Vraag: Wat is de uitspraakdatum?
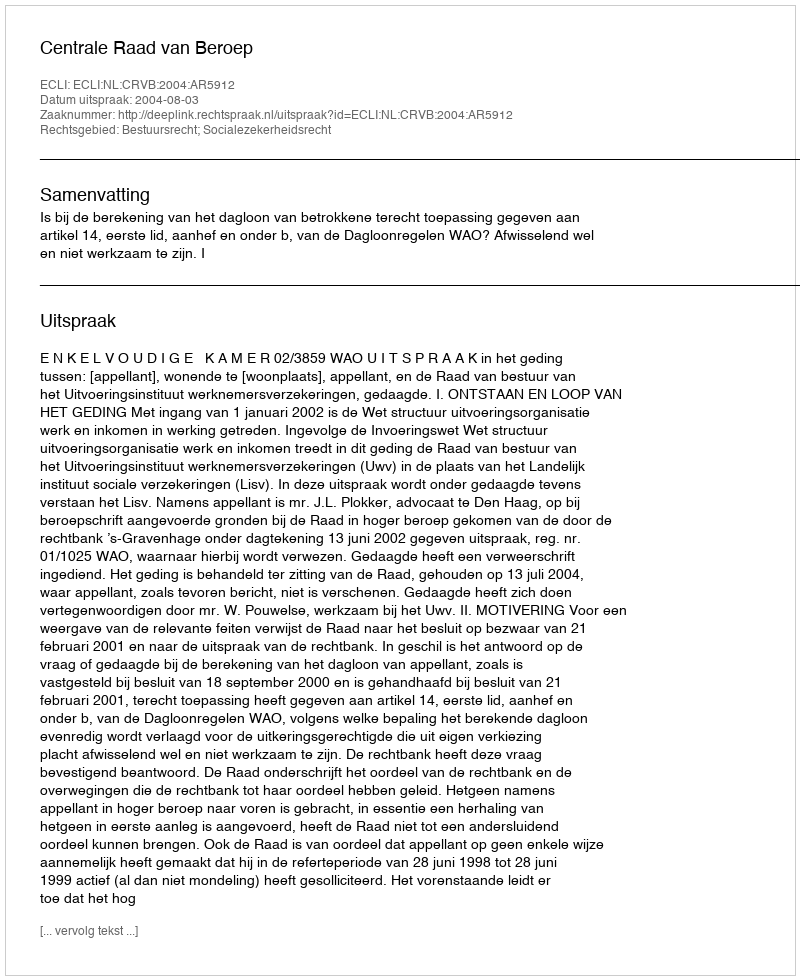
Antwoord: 2004-08-03